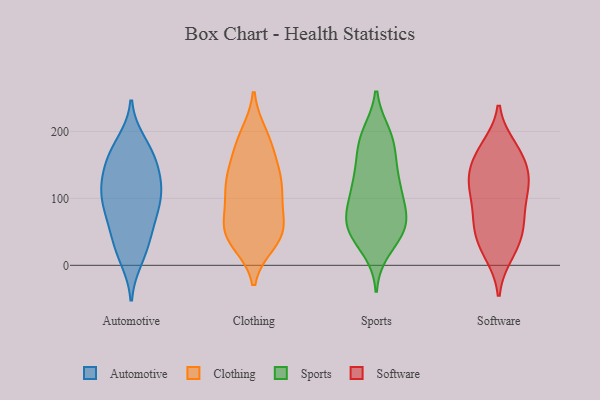
{"axis": {"x": "Energy Usage (MWh)", "y": "Value"}, "legend": ["Automotive", "Clothing", "Software", "Sports"], "data": [{"x": "", "y": 81, "type": "Automotive"}, {"x": "", "y": 75, "type": "Automotive"}, {"x": "", "y": 100, "type": "Automotive"}, {"x": "", "y": 109, "type": "Automotive"}, {"x": "", "y": 123, "type": "Automotive"}, {"x": "", "y": 146, "type": "Automotive"}, {"x": "", "y": 97, "type": "Automotive"}, {"x": "", "y": 174, "type": "Automotive"}, {"x": "", "y": 17, "type": "Automotive"}, {"x": "", "y": 10, "type": "Automotive"}, {"x": "", "y": 101, "type": "Automotive"}, {"x": "", "y": 165, "type": "Automotive"}, {"x": "", "y": 133, "type": "Automotive"}, {"x": "", "y": 133, "type": "Automotive"}, {"x": "", "y": 59, "type": "Automotive"}, {"x": "", "y": 165, "type": "Automotive"}, {"x": "", "y": 184, "type": "Automotive"}, {"x": "", "y": 35, "type": "Automotive"}, {"x": "", "y": 44, "type": "Automotive"}, {"x": "", "y": 75, "type": "Clothing"}, {"x": "", "y": 105, "type": "Clothing"}, {"x": "", "y": 188, "type": "Clothing"}, {"x": "", "y": 111, "type": "Clothing"}, {"x": "", "y": 50, "type": "Clothing"}, {"x": "", "y": 118, "type": "Clothing"}, {"x": "", "y": 34, "type": "Clothing"}, {"x": "", "y": 141, "type": "Clothing"}, {"x": "", "y": 185, "type": "Clothing"}, {"x": "", "y": 161, "type": "Clothing"}, {"x": "", "y": 133, "type": "Clothing"}, {"x": "", "y": 51, "type": "Clothing"}, {"x": "", "y": 42, "type": "Clothing"}, {"x": "", "y": 135, "type": "Clothing"}, {"x": "", "y": 44, "type": "Clothing"}, {"x": "", "y": 195, "type": "Clothing"}, {"x": "", "y": 101, "type": "Clothing"}, {"x": "", "y": 67, "type": "Clothing"}, {"x": "", "y": 43, "type": "Clothing"}, {"x": "", "y": 50, "type": "Sports"}, {"x": "", "y": 25, "type": "Sports"}, {"x": "", "y": 186, "type": "Sports"}, {"x": "", "y": 47, "type": "Sports"}, {"x": "", "y": 56, "type": "Sports"}, {"x": "", "y": 186, "type": "Sports"}, {"x": "", "y": 187, "type": "Sports"}, {"x": "", "y": 77, "type": "Sports"}, {"x": "", "y": 56, "type": "Sports"}, {"x": "", "y": 121, "type": "Sports"}, {"x": "", "y": 84, "type": "Sports"}, {"x": "", "y": 100, "type": "Sports"}, {"x": "", "y": 56, "type": "Sports"}, {"x": "", "y": 122, "type": "Sports"}, {"x": "", "y": 113, "type": "Sports"}, {"x": "", "y": 144, "type": "Sports"}, {"x": "", "y": 148, "type": "Sports"}, {"x": "", "y": 195, "type": "Sports"}, {"x": "", "y": 69, "type": "Sports"}, {"x": "", "y": 131, "type": "Software"}, {"x": "", "y": 140, "type": "Software"}, {"x": "", "y": 165, "type": "Software"}, {"x": "", "y": 61, "type": "Software"}, {"x": "", "y": 34, "type": "Software"}, {"x": "", "y": 109, "type": "Software"}, {"x": "", "y": 102, "type": "Software"}, {"x": "", "y": 121, "type": "Software"}, {"x": "", "y": 20, "type": "Software"}, {"x": "", "y": 47, "type": "Software"}, {"x": "", "y": 177, "type": "Software"}, {"x": "", "y": 127, "type": "Software"}, {"x": "", "y": 66, "type": "Software"}, {"x": "", "y": 61, "type": "Software"}, {"x": "", "y": 166, "type": "Software"}, {"x": "", "y": 83, "type": "Software"}, {"x": "", "y": 173, "type": "Software"}, {"x": "", "y": 16, "type": "Software"}, {"x": "", "y": 128, "type": "Software"}]}